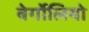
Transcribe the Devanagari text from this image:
बेर्गोलियो